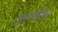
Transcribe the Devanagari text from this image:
अन्ग्लैसेस